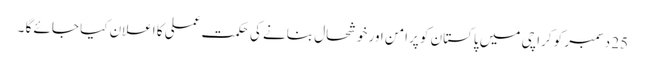
25 دسمبر کو کراچی میں پاکستان کو پرامن اور خوشحال بنانے کی حکمت عملی کا اعلان کیا جائے گا ۔